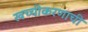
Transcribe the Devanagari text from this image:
खच्चीकरणाची